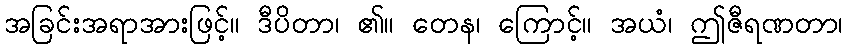
အခြင်းအရာအားဖြင့်။ ဒီပိတာ၊ ၏။ တေန၊ ကြောင့်။ အယံ၊ ဤဇီရဏတာ၊